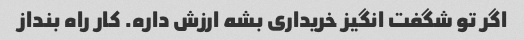
اگر تو شگفت انگیز خریداری بشه ارزش داره. کار راه بنداز